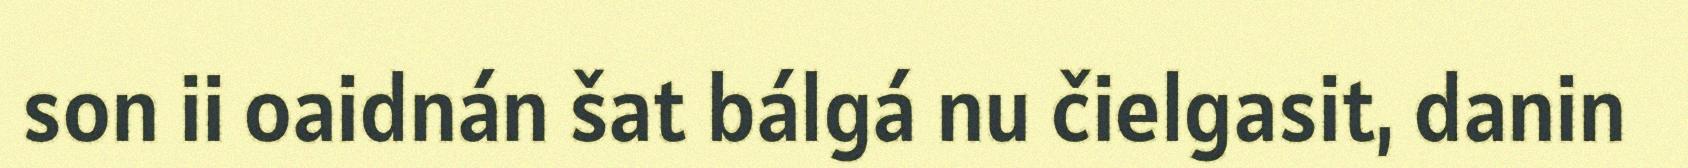
son ii oaidnán šat bálgá nu čielgasit, danin